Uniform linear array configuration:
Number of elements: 8
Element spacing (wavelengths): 1
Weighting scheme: uniform
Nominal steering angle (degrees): -30
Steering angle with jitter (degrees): -31.551
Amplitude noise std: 0.05
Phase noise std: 0.05

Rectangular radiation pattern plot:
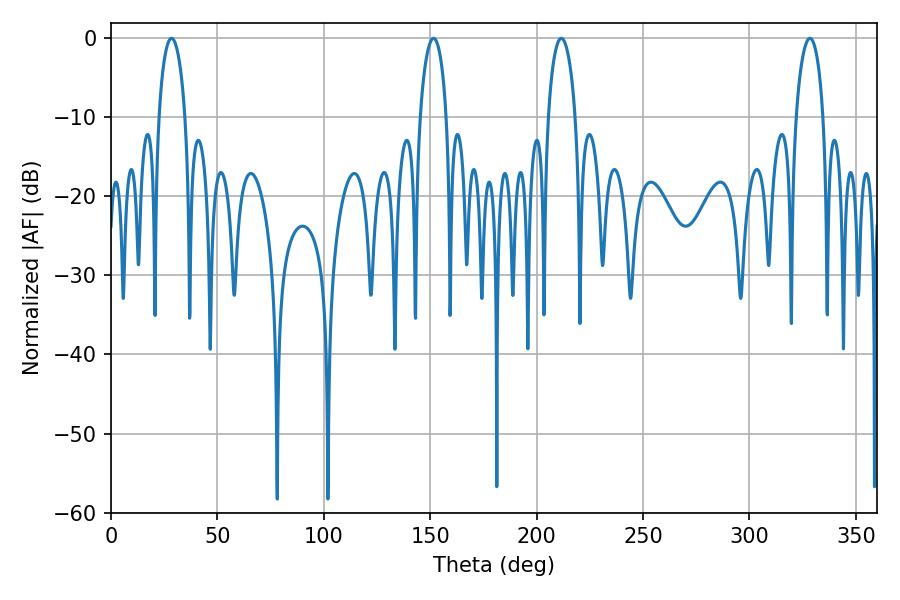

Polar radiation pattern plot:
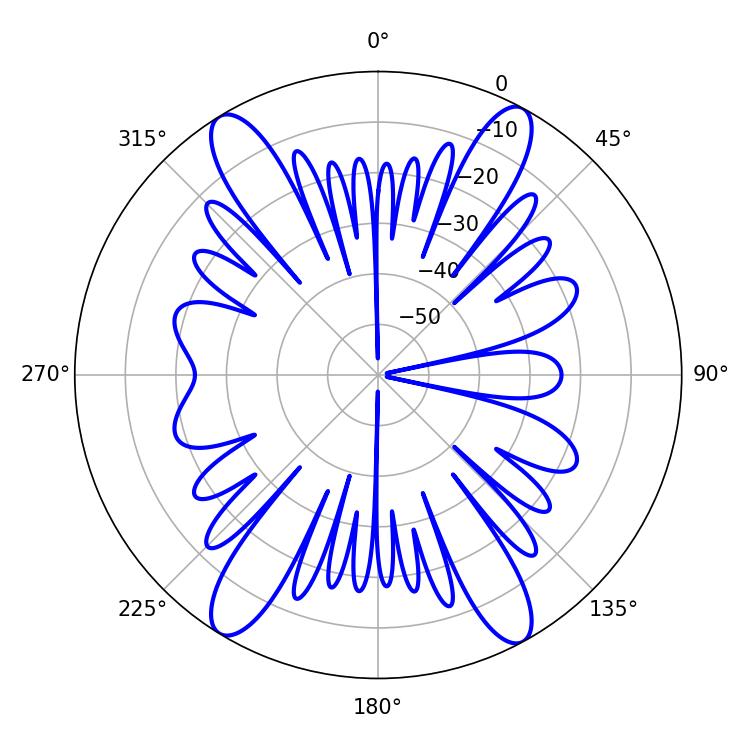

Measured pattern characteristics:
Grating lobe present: TRUE
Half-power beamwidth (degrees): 7.02
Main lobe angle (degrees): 28.44